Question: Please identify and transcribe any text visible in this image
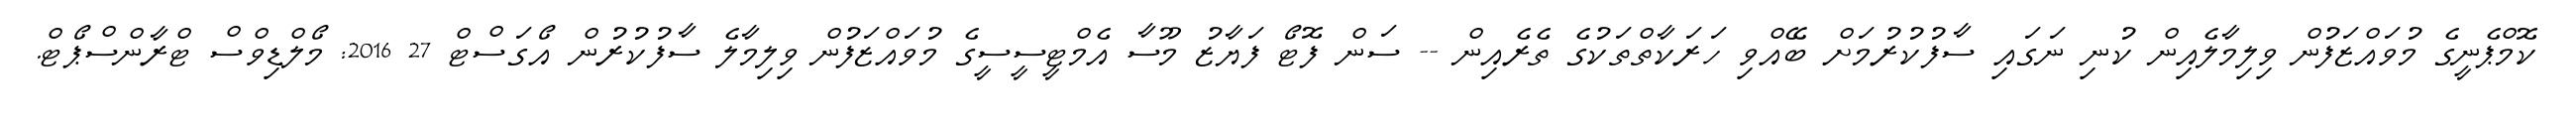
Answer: ކޮމްޕެނީގެ މުވައްޒަފުން ވިލިމާލެއިން ކުނި ނަގައި ސާފުކުރުމަށް ބޭއްވި ހަރަކާތްތަކުގެ ތެރެއިން -- ސަން ފޮޓޯ ފަޔާޒު މޫސާ އެމްޓީސީސީގެ މުވައްޒަފުން ވިލިމާލެ ސާފުކުރުން އޯގަސްޓް 27 2016: މޯލްޑިވްސް ޓްރާންސްޕޯޓް.